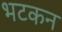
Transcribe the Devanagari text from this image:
भटकन